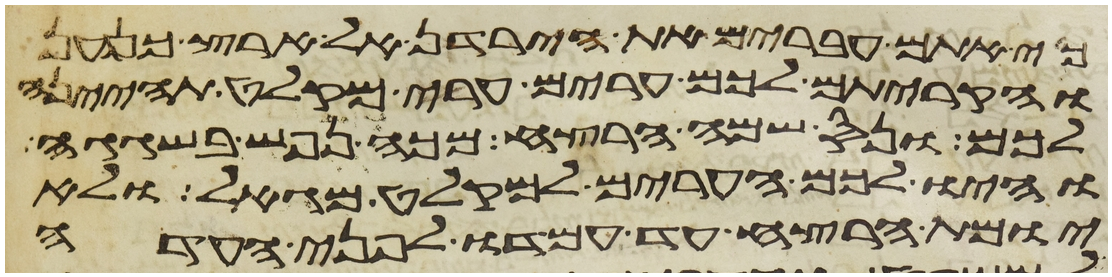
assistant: כי אתם עברים את הירדן אל ארץ כנען
והקריתם לכם ערים ערי מקלט תהיינה
לכם ונס שמה הרצח מכה נפש בשגגה
והיו לכם הערים למקלט מגאל ולא
יומת הרצח עד עמדו לפני העדה